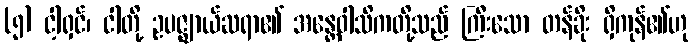
(၅) ငါ့ရှင်၊ ငါတို့ ဥပဇ္ဈာယ်ဆရာ၏ အန္တေဝါသိကတို့သည် ကြီးသော တန်ခိုး ရှိကုန်၏ဟု